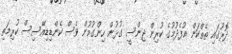
ދޮރުގައި ތެތްކަން އުފެދުމުގެ ކުރިން ޖިންސީ ގުޅުން ހިންގުމުން ވެސް ކެންޑިޑިއޭސިސް ކުރިމަތި